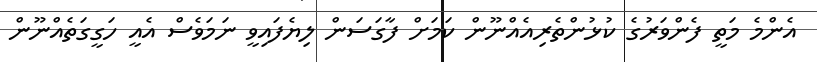
އެންމެ މަތީ ފެންވަރުގެ ކުޅުންތެރިއެއްނޫން ކަމަށް ފާގަސަން ލިޔެފައިވީ ނަމަވެސް އެއީ ހަގީގަތެއްނޫން